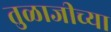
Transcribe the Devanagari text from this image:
तुळाजीच्या